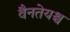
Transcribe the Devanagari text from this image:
वैनतेयश्च